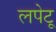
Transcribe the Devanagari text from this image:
लपेटू